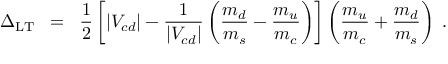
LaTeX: \Delta _ { \mathrm { L T } } \; \; = \; \; \frac { 1 } { 2 } \left[ | V _ { c d } | - \frac { 1 } { | V _ { c d } | } \left( \frac { m _ { d } } { m _ { s } } - \frac { m _ { u } } { m _ { c } } \right) \right] \left( \frac { m _ { u } } { m _ { c } } + \frac { m _ { d } } { m _ { s } } \right) \; .